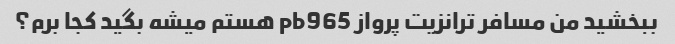
ببخشید من مسافر ترانزیت پرواز pb965 هستم میشه بگید کجا برم؟